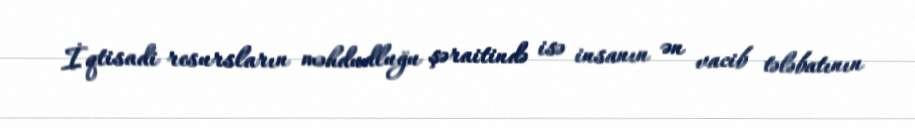
İqtisadi resursların məhdudluğu şəraitində isə insanın ən vacib tələbatının